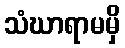
သံဃာရာမမှိ